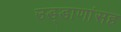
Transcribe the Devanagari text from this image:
उड्डाणांसह